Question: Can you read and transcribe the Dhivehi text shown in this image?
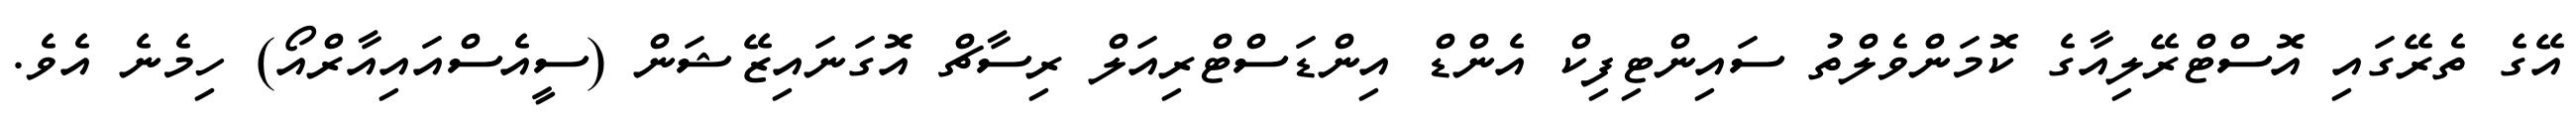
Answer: އޭގެ ތެރޭގައި އޮސްޓްރޭލިއާގެ ކޮމަންވެލްތު ސައިންޓިފިކް އެންޑް އިންޑަސްޓްރިއަލް ރިސާޗް އޮގަނައިޒޭޝަން (ސީއެސްއައިއާރްއޯ) ހިމެނެ އެވެ.